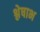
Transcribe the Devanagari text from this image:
श्लेषाभ